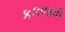
કકળાવી